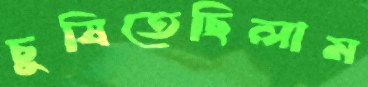
চুষিতেছিলাম